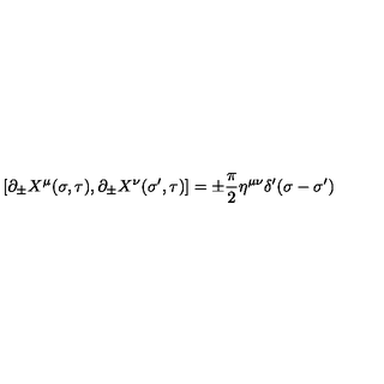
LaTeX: \left[ \partial _ { \pm } X ^ { \mu } ( \sigma , \tau ) , \partial _ { \pm } X ^ { \nu } ( \sigma ^ { \prime } , \tau ) \right] = \pm \frac { \pi } { 2 } \eta ^ { \mu \nu } \delta ^ { \prime } ( \sigma - \sigma ^ { \prime } )